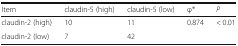
<table><thead><tr><td><b>Item</b></td><td><b>claudin-5 (high)</b></td><td><b>claudin-5 (low)</b></td><td><b>φ*</b></td><td><b><i>P</i></b></td></tr></thead><tbody><tr><td>claudin-2 (high)</td><td>10</td><td>11</td><td>0.874</td><td>&lt; 0.01</td></tr><tr><td>claudin-2 (low)</td><td>7</td><td>42</td><td></td><td></td></tr></tbody></table>